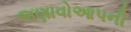
જણાવોઆપની